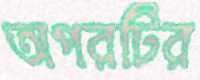
অপরটির